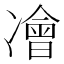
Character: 𠘎